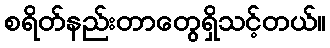
စရိတ်နည်းတာတွေရှိသင့်တယ်။